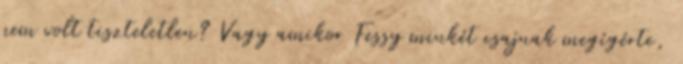
nem volt tiszteletlen? Vagy amikor Fessy minkét csajnak megígérte,